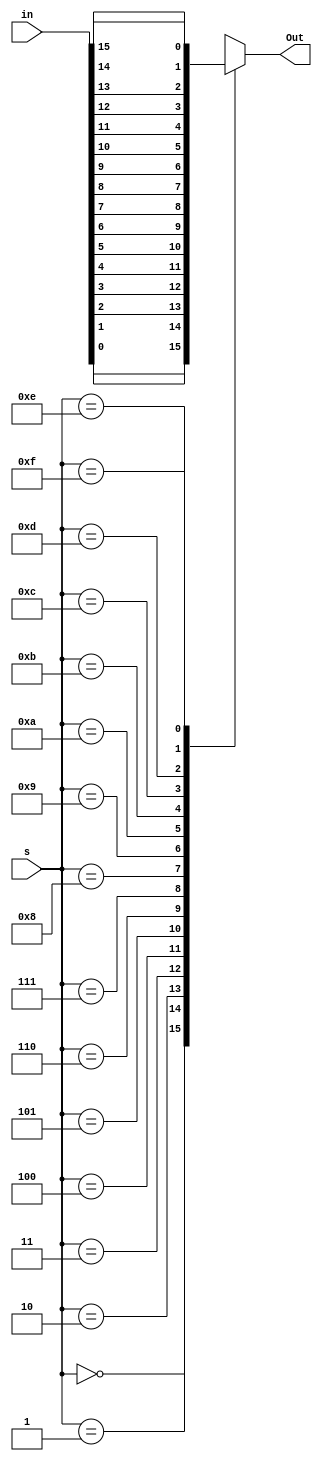
`timescale 1ns / 1ps
//////////////////////////////////////////////////////////////////////////////////
// Company: 
// Engineer: 
// 
// Design Name: 
// Module Name: Sixteen_to_one_Behave
// Project Name: 
// Target Devices: 
// Tool Versions: 
// Description: 
// 
// Dependencies: 
// 
// Revision:
// Revision 0.01 - File Created
// Additional Comments:
// 
//////////////////////////////////////////////////////////////////////////////////


module Sixteen_to_one_Behave(Out, s, in);

input [15:0] in;
input [3:0] s;

output reg Out;

always @ (*)

begin

 
    case (s)   // here we will have 16 if else condition so we should use CASE
      0: Out = in[0];
      1: Out = in[1];
      2: Out = in[2];
      3: Out = in[3];
      4: Out = in[4];
      5: Out = in[5];
      6: Out = in[6];
      7: Out = in[7];
      8: Out = in[8];
      9: Out = in[9];
      10: Out = in[10];
      11: Out = in[11];
      12: Out = in[12];
      13: Out = in[13];
      14: Out = in[14];
      15: Out = in[15];
      default : Out = 1'bz;
      
  endcase
      
end
endmodule